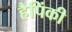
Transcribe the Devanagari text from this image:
हैपिंकी